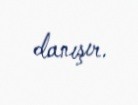
danışır.